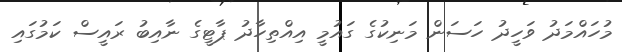
މުހައްމަދު ވަހީދު ހަސަން މަނިކުގެ ގައުމީ އިއްތިހާދު ޕާޓީގެ ނާއިބު ރައީސް ކަމުގައި